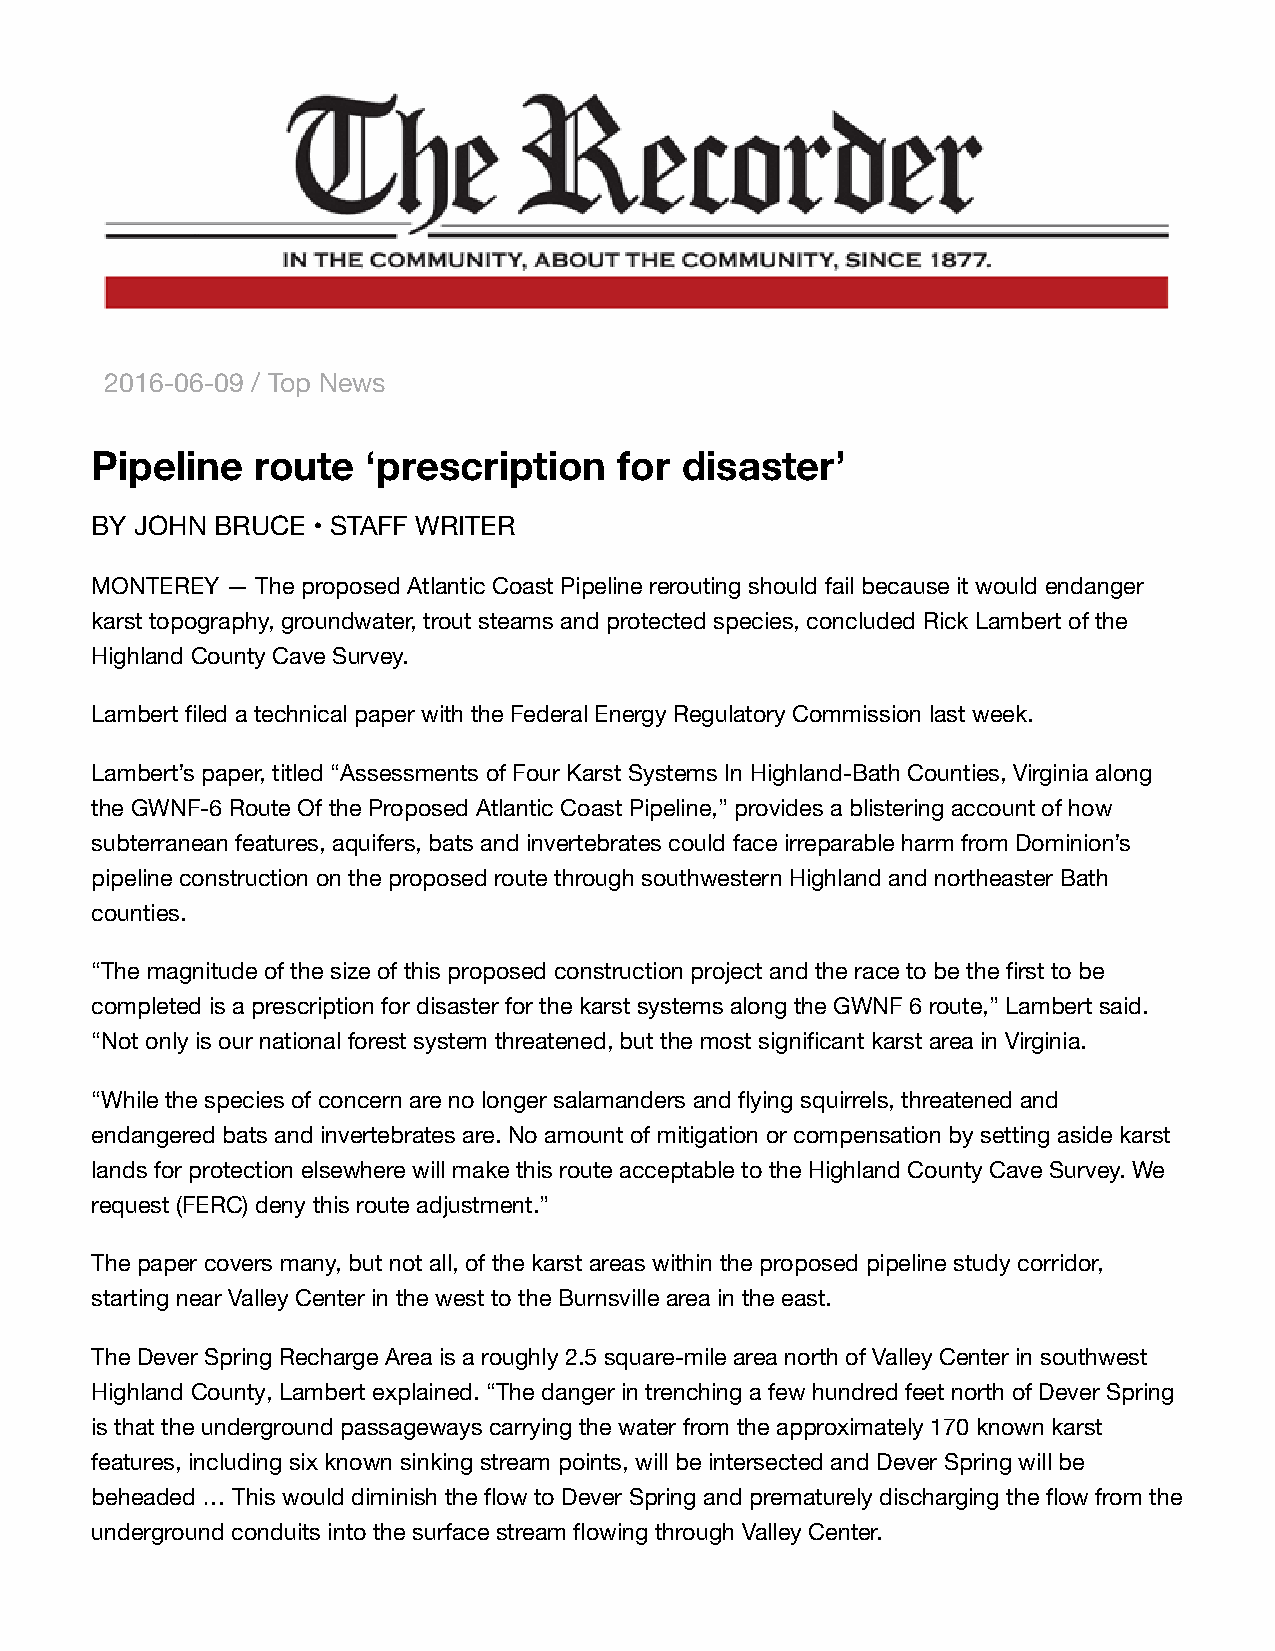
2016-06-09 / Top News
 Pipeline   route  ‘prescription    for disaster’
 BY JOHN BRUCE  • STAFF WRITER
 MONTEREY — The proposed Atlantic Coast Pipeline rerouting should fail because it would endanger
 karst topography, groundwater, trout steams and protected species, concluded Rick Lambert of the
 Highland County Cave Survey.
 Lambert filed a technical paper with the Federal Energy Regulatory Commission last week.
 Lambert’s paper, titled “Assessments of Four Karst Systems In Highland-Bath Counties, Virginia along
 the GWNF-6 Route Of the Proposed Atlantic Coast Pipeline,” provides a blistering account of how
 subterranean features, aquifers, bats and invertebrates could face irreparable harm from Dominion’s
 pipeline construction on the proposed route through southwestern Highland and northeaster Bath
 counties.
 “The magnitude of the size of this proposed construction project and the race to be the first to be
 completed is a prescription for disaster for the karst systems along the GWNF 6 route,” Lambert said.
 “Not only is our national forest system threatened, but the most significant karst area in Virginia.
 “While the species of concern are no longer salamanders and flying squirrels, threatened and
 endangered bats and invertebrates are. No amount of mitigation or compensation by setting aside karst
 lands for protection elsewhere will make this route acceptable to the Highland County Cave Survey. We
 request (FERC) deny this route adjustment.”
 The paper covers many, but not all, of the karst areas within the proposed pipeline study corridor,
 starting near Valley Center in the west to the Burnsville area in the east.
 The Dever Spring Recharge Area is a roughly 2.5 square-mile area north of Valley Center in southwest
 Highland County, Lambert explained. “The danger in trenching a few hundred feet north of Dever Spring
 is that the underground passageways carrying the water from the approximately 170 known karst
 features, including six known sinking stream points, will be intersected and Dever Spring will be
 beheaded … This would diminish the flow to Dever Spring and prematurely discharging the flow from the
 underground conduits into the surface stream flowing through Valley Center.